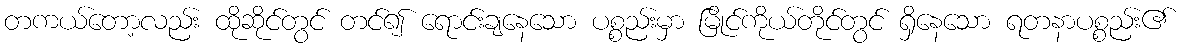
တကယ်တော့လည်း ထိုဆိုင်တွင် တင်၍ ရောင်းချနေသော ပစ္စည်းမှာ မြိုင်ကိုယ်တိုင်တွင် ရှိနေသော ရတနာပစ္စည်း၏